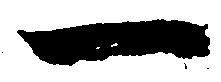
一